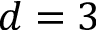
d = 3